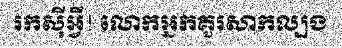
រកស៊ីអ្វី! លោកអ្នកគួរសាកល្បង